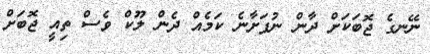
ނޭނގެ ޖޮބަކަށް ދާން ނުފަށާނެ ކަމެއް ދެން ލޫކް ވެސް ތިއީ ޖޮބަށް